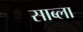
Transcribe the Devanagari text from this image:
साब्ला